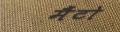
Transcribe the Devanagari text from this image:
मैंटो